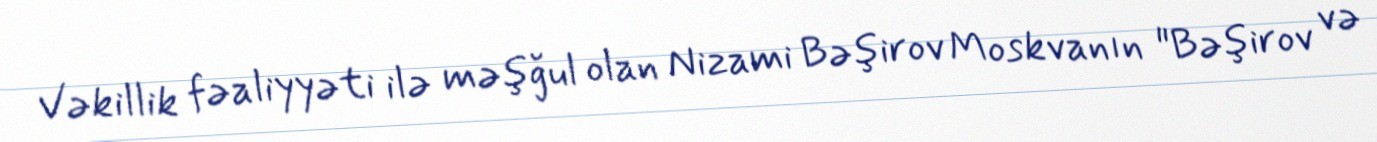
Vəkillik fəaliyyəti ilə məşğul olan Nizami Bəşirov Moskvanın "Bəşirov və